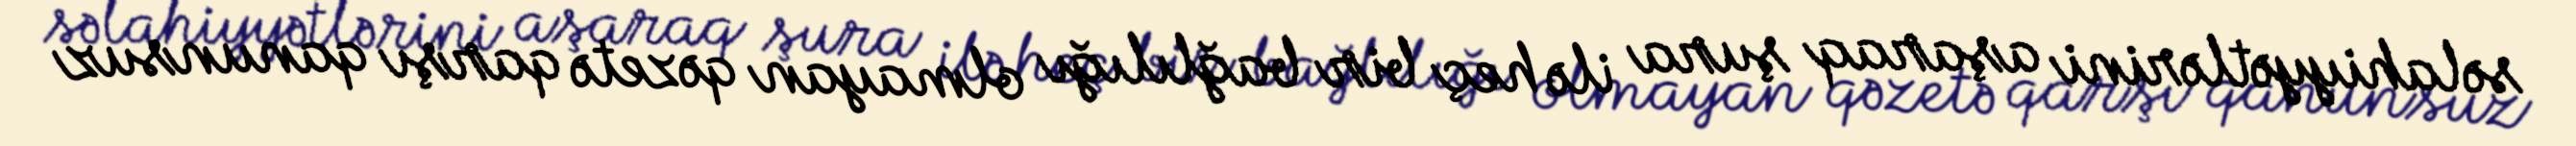
səlahiyyətlərini aşaraq şura ilə heç bir bağlılığı olmayan qəzetə qarşı qanunsuz